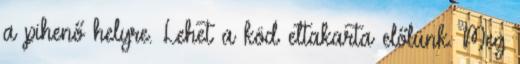
a pihenő helyre. Lehet a köd eltakarta előlünk. Meg